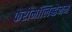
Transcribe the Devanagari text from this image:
फेरोमॉलिब्डेनम